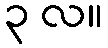
၃ လ။